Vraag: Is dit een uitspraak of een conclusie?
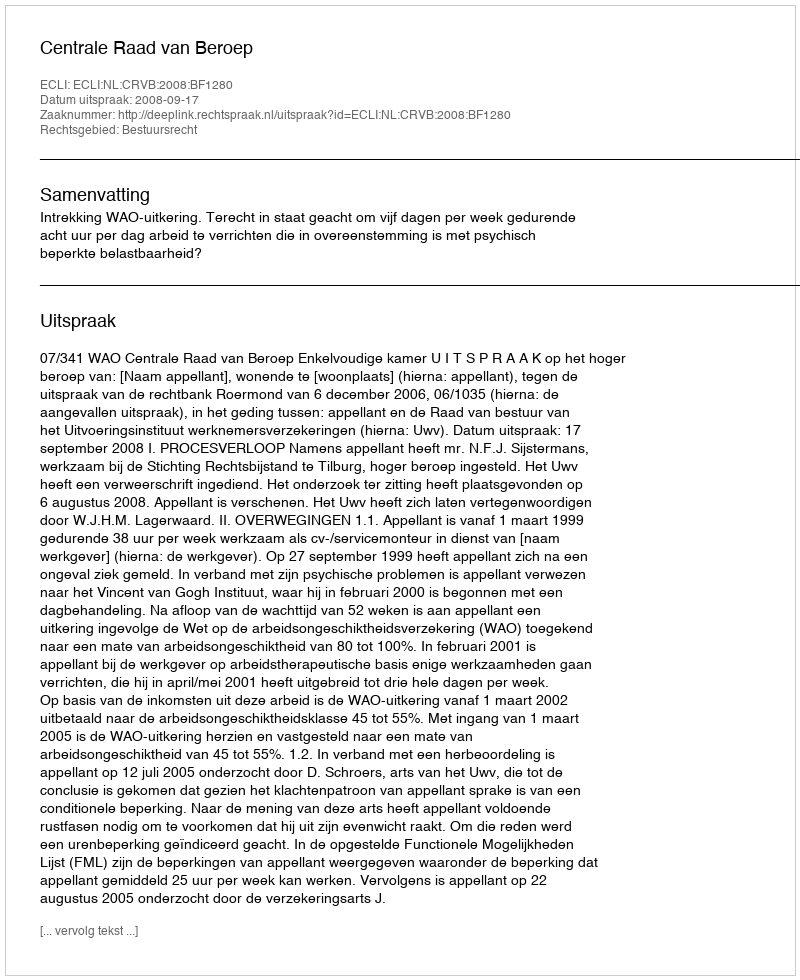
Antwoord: Uitspraak